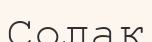
Солак